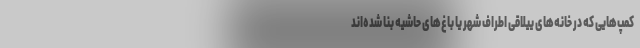
کمپ‌هایی که در خانه‌های ییلاقی اطراف شهر یا باغ‌های حاشیه بنا شده‌اند